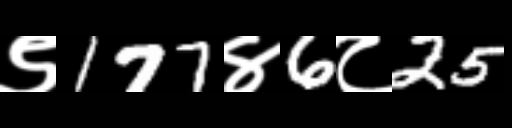
Text: ९177४6८25